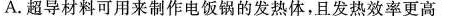
A.超导材料可用来制作电饭锅的发热体，且发热效率更高